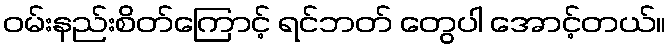
ဝမ်းနည်းစိတ်ကြောင့် ရင်ဘတ် တွေပါ အောင့်တယ်။